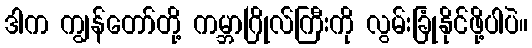
ဒါက ကျွန်တော်တို့ ကမ္ဘာဂြိုလ်ကြီးကို လွမ်းခြုံနိုင်ဖို့ပါပဲ။